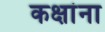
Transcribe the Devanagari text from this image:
कक्षांना